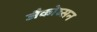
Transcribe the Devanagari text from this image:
जैकोब्सन